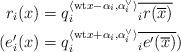
LaTeX: \begin{align*}r_i(x)&=q_i^{\langle \mathrm{wt}x-\alpha_i, \alpha_i^{\vee} \rangle}\overline{_ir(\overline{x})} \\( e'_i(x)&=q_i^{\langle \mathrm{wt}x+\alpha_i, \alpha_i^{\vee} \rangle}\overline{_i{e'}(\overline{x})}) \end{align*}